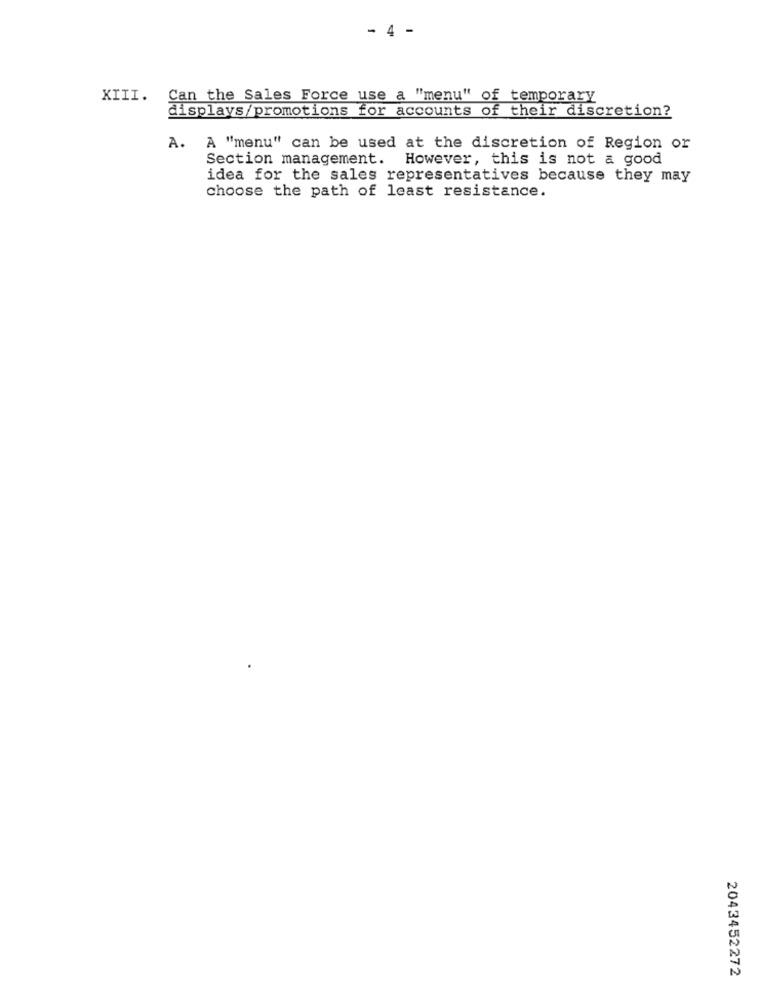
- 4 -
XIII.
Can the Sales Force use a "menu" of temporary
displays/promotions for accounts of their discretion?
A. A "menu" can be used at the discretion of Region or
Section management. However, this is not a good
idea for the sales representatives because they may
choose the path of least resistance.
2043452272